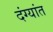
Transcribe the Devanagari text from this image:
दंग्यांत